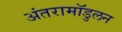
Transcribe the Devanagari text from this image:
अंतरामॉडुलन